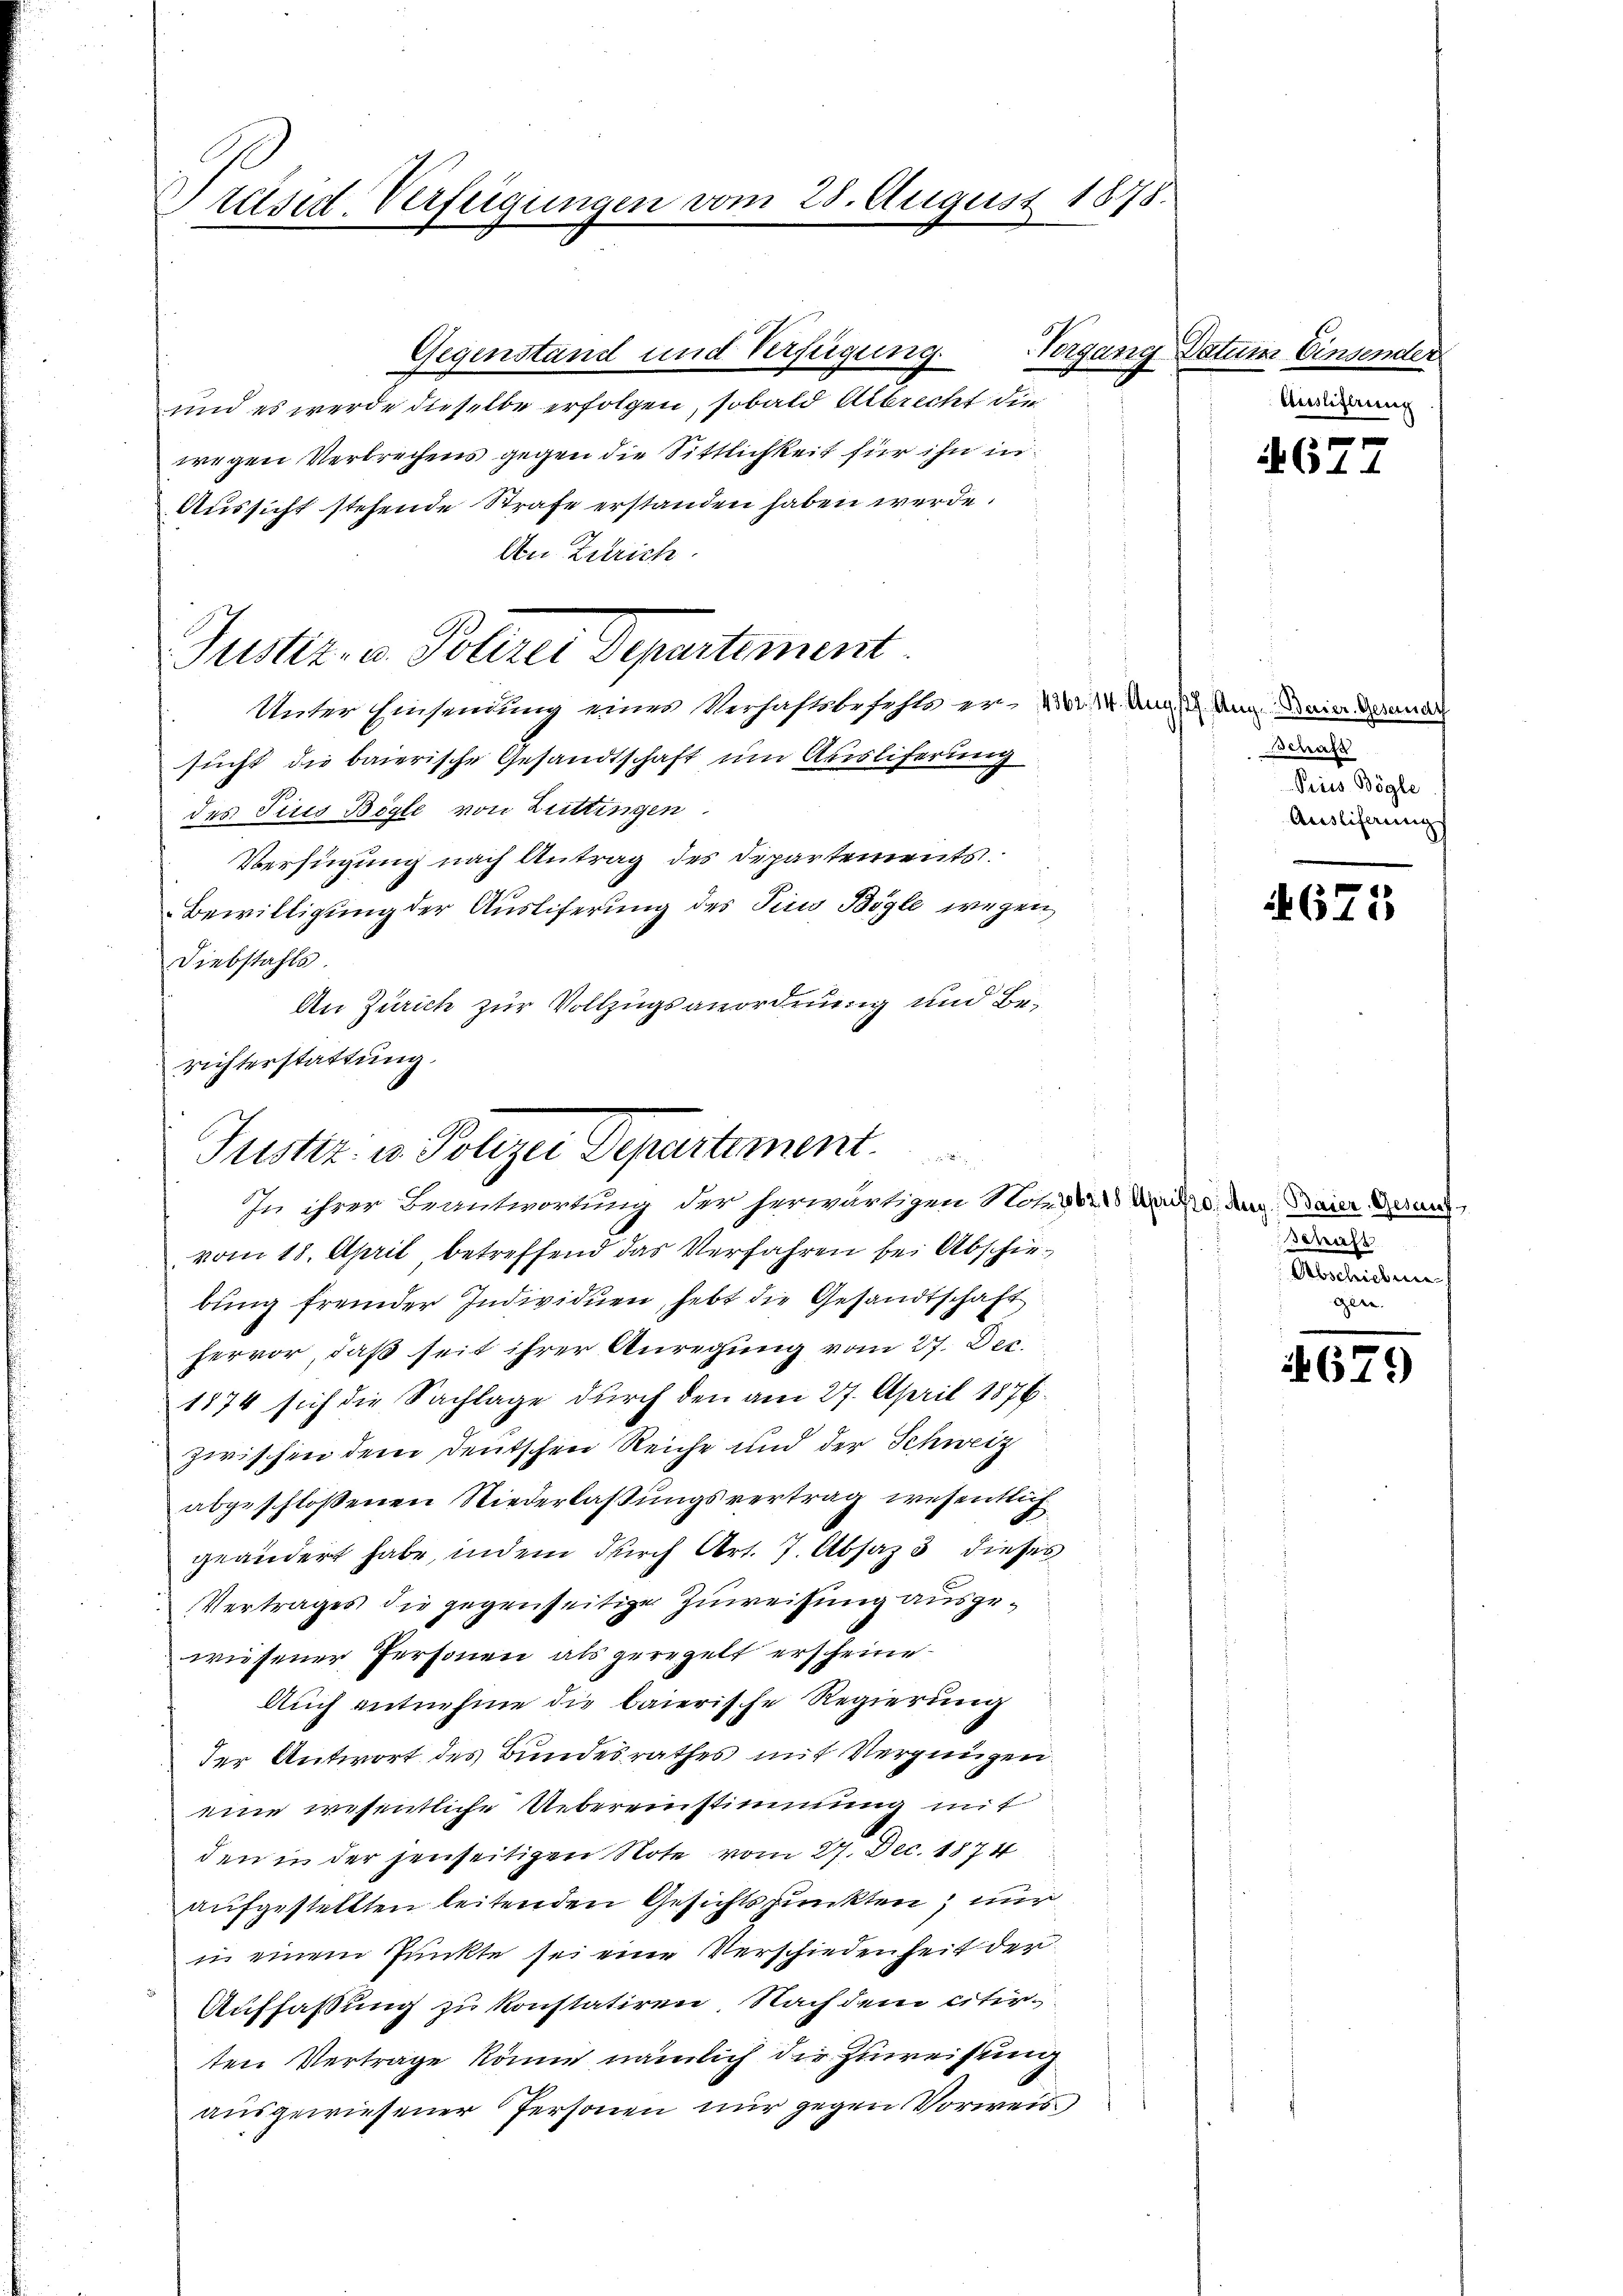
Präsid-Verfügungen vom 28. August 1878.

Justiz- u. Polerei Departement

Gegenstand und Verfügung
und es werde dieselbe erfolgen, sobald Albrecht die
wegen Verbrechens gegen die Sittlichkeit für ihn in
Aussicht stehende Strafe erstanden haben werde.
An Zutrich
Unter Einsendung eines Verhaftsbefehle er v. M. Aug. 12. Aug. Baier derenart
sucht die baierische Gesandtschaft um Ausliferung
des Tisis Bögle von Luttingen.
Verfügung nach Antrag des Departements
Bewilligung der Ausliferung des Tiris Bögle wegen
Diebstahls.
An Zürich zur Vollzugsanordnung und Berichterstattung.

Tagung

Justiz u. Polizei Departement
In ihrer Beantwortung der herwärtigen Not der Dr. d. d. Baier Gesun

vom 18. April, betreffend das Verfahren bei Abschiebŭng fremder Individuen, hebt die Gesandtschaft
hervor, daß seit ihrer Anregung vom 27. Dec.
1874 sich die Sachlage durch den am 27. April 1876.
zwischen dem Deutschen Reiche und der Schweiz
abgeschlossenen Niederlaßungsvertrag wesentlich
geändert habe, indem durch Art. 7. Absaz 3 dieses
Vertrages die gegenseitige Zuweisung ausgewiesener Personen als geregelt erscheine
Auch entnehme die baierische Regierung
der Antwort des Bundesrathes mit Vergnügen.
eine wesentliche Uebereinstimmung mit
den in der jenseitigen Note vom 27. Dec. 1874
aufgestellten leitenden Gesichtspunkten, nur
in einem Punkte sei eine Verschiedenheit der
Auffassung zu konstatiren. Nachdem citirten Vertrage könne nämlich der Zureisung
ausgewiesener Personen nur gegen Vorweis

Datum Einsender
Auslieferung

4677

Schaft
Pries Bögle
Ausliferung

4675

Schaft
Abschrieben

4679